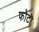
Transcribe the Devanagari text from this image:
फोटॊ